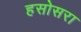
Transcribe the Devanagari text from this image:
हसोसरा